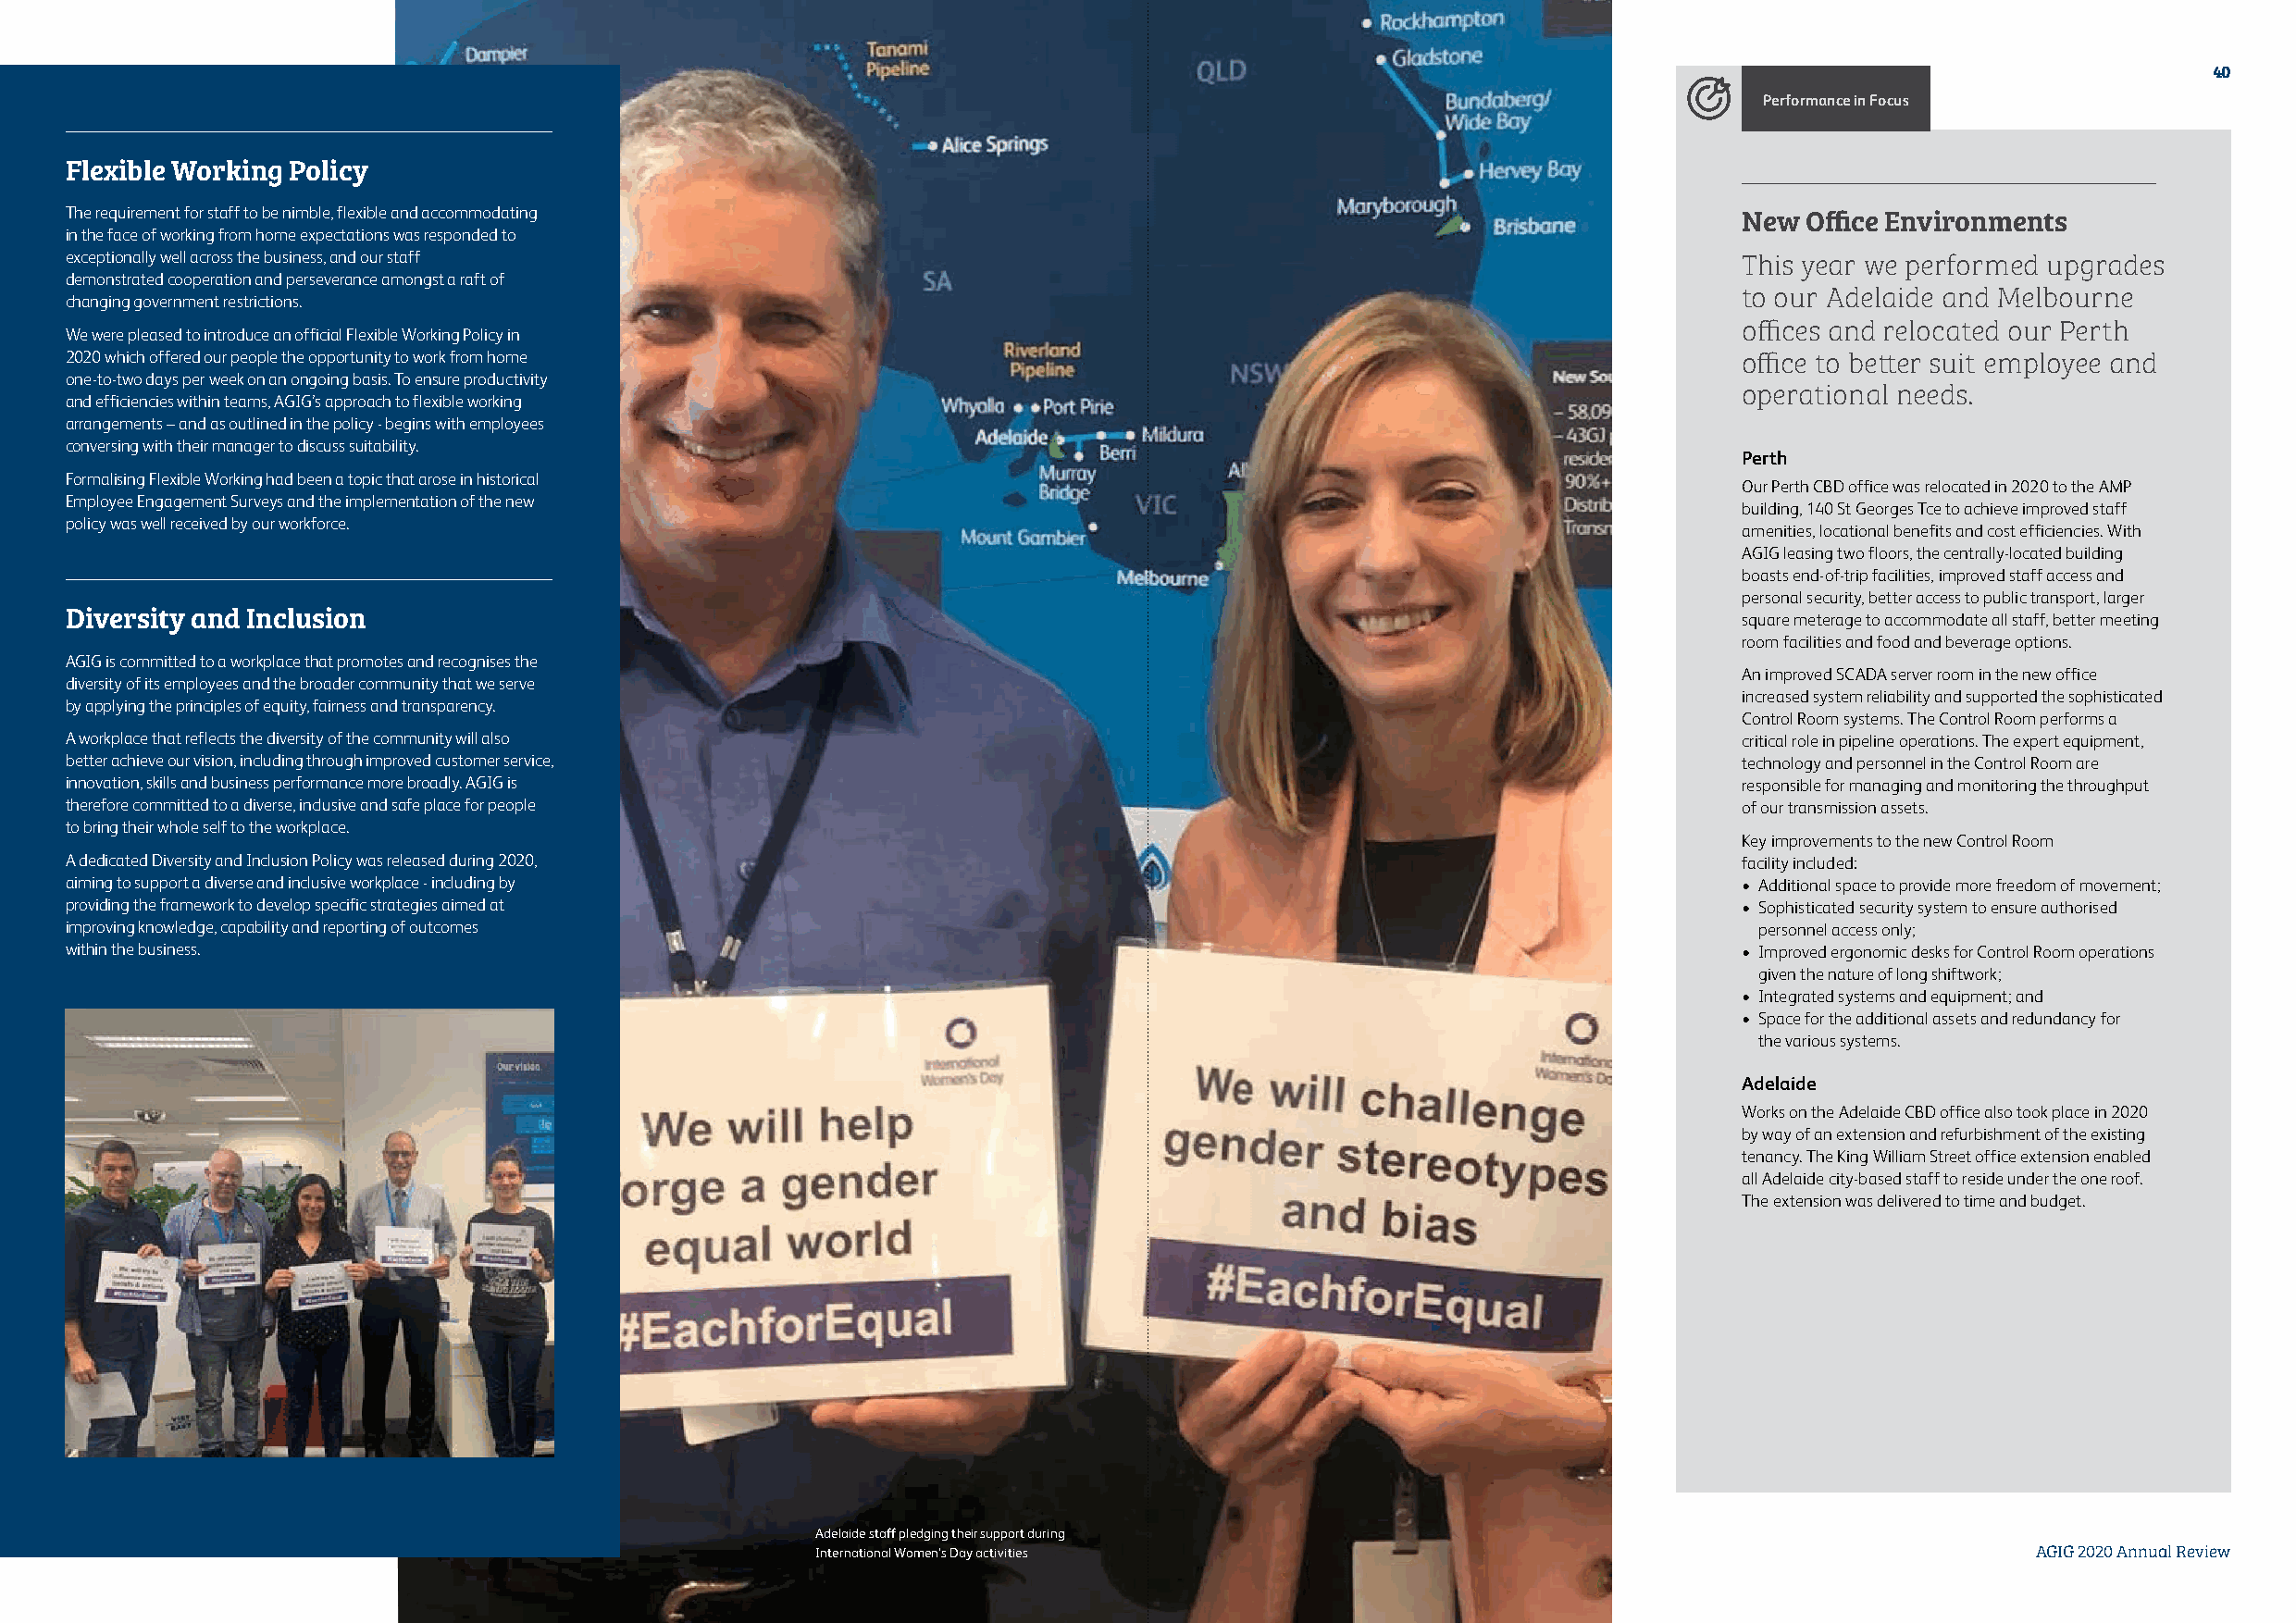
40
 Performance in Focus
 Flexible Working Policy
 The requirement for staff to be nimble, flexible and accommodating                                                      New Office Environments
 in the face of working from home expectations was responded to
 exceptionally well across the business, and our staff                                                                   This year we performed upgrades
 demonstrated cooperation and perseverance amongst a raft of
 to our Adelaide and Melbourne
 changing government restrictions.
 offices and relocated our Perth
 We were pleased to introduce an official Flexible Working Policy in
 2020 which offered our people the opportunity to work from home                                                         office to better suit employee and
 one-to-two days per week on an ongoing basis. To ensure productivity
 operational needs.
 and efficiencies within teams, AGIG’s approach to flexible working
 arrangements – and as outlined in the policy - begins with employees
 conversing with their manager to discuss suitability.
 Perth
 Formalising Flexible Working had been a topic that arose in historical
 Our Perth CBD office was relocated in 2020 to the AMP
 Employee Engagement Surveys and the implementation of the new
 building, 140 St Georges Tce to achieve improved staff
 policy was well received by our workforce.
 amenities, locational benefits and cost efficiencies. With
 AGIG leasing two floors, the centrally-located building
 boasts end-of-trip facilities, improved staff access and
 personal security, better access to public transport, larger
 Diversity and Inclusion                                                                                                 square meterage to accommodate all staff, better meeting
 room facilities and food and beverage options.
 AGIG is committed to a workplace that promotes and recognises the
 An improved SCADA server room in the new office
 diversity of its employees and the broader community that we serve
 increased system reliability and supported the sophisticated
 by applying the principles of equity, fairness and transparency.
 Control Room systems. The Control Room performs a
 A workplace that reflects the diversity of the community will also                                                      critical role in pipeline operations. The expert equipment,
 better achieve our vision, including through improved customer service,                                                 technology and personnel in the Control Room are
 innovation, skills and business performance more broadly. AGIG is                                                       responsible for managing and monitoring the throughput
 therefore committed to a diverse, inclusive and safe place for people                                                   of our transmission assets.
 to bring their whole self to the workplace.
 Key improvements to the new Control Room
 A dedicated Diversity and Inclusion Policy was released during 2020,                                                    facility included:
 aiming to support a diverse and inclusive workplace - including by                                                      • Additional space to provide more freedom of movement;
 providing the framework to develop specific strategies aimed at                                                         • Sophisticated security system to ensure authorised
 improving knowledge, capability and reporting of outcomes                                                                personnel access only;
 within the business.                                                                                                    • Improved ergonomic desks for Control Room operations
 given the nature of long shiftwork;
 • Integrated systems and equipment; and
 • Space for the additional assets and redundancy for
 the various systems.
 Adelaide
 Works on the Adelaide CBD office also took place in 2020
 by way of an extension and refurbishment of the existing
 tenancy. The King William Street office extension enabled
 all Adelaide city-based staff to reside under the one roof.
 The extension was delivered to time and budget.
 Adelaide staff pledging their support during
 International Women’s Day activities                                                    AGIG 2020 Annual Review